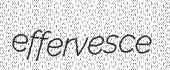
effervesce